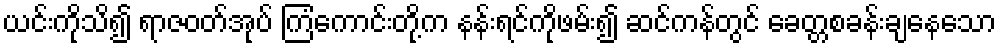
ယင်းကိုသိ၍ ရာဇဝတ်အုပ် ကြံကောင်းတို့က နန်းရင်ကိုဖမ်း၍ ဆင်ကန်တွင် ခေတ္တစခန်းချနေသော